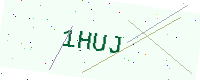
Text: 1HUJ